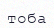
тоба